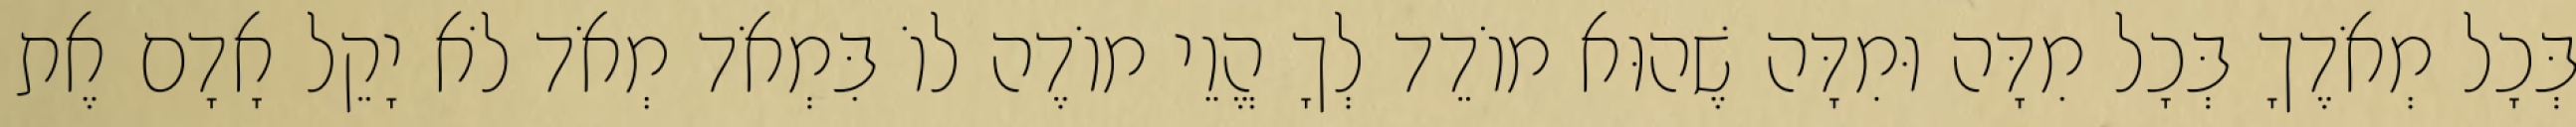
בְּכָל מְאֹדֶךָ בְּכָל מִדָּה וּמִדָּה שֶׁהוּא מוֹדֵד לְךָ הֱוֵי מוֹדֶה לוֹ בִּמְאֹד מְאֹד לֹא יָקֵל אָדָם אֶת